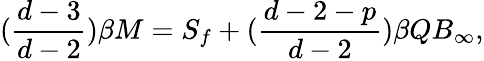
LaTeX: (\frac{d-3}{d-2})\beta M=S_{f}+(\frac{d-2-p}{d-2})\beta QB_{\infty},